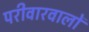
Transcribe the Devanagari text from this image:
परीवारवालों